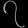
Digit: ၇